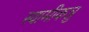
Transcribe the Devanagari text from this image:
स्वामीकन्नु